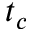
t _ { c }